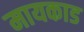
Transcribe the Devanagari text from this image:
मायकाड